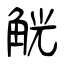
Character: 觥